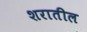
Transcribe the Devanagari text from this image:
शरातील